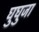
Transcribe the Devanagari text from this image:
घुघुजा